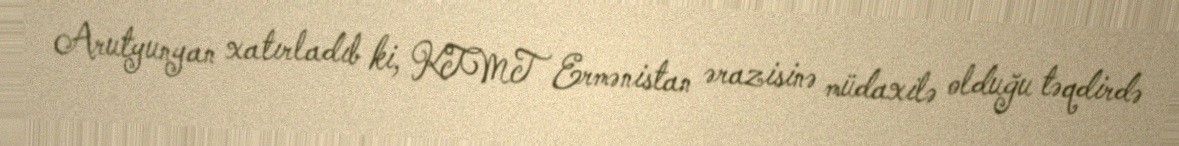
Arutyunyan xatırladıb ki, KTMT Ermənistan ərazisinə müdaxilə olduğu təqdirdə